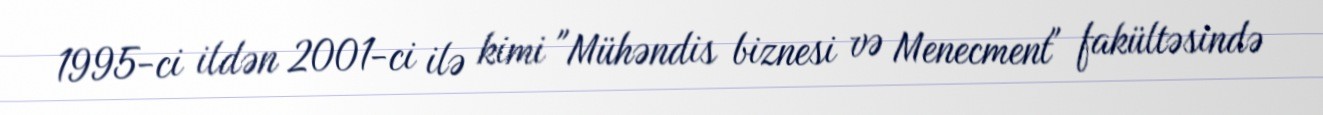
1995-ci ildən 2001-ci ilə kimi "Mühəndis biznesi və Menecment" fakültəsində